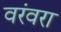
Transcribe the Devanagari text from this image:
वरंवरा